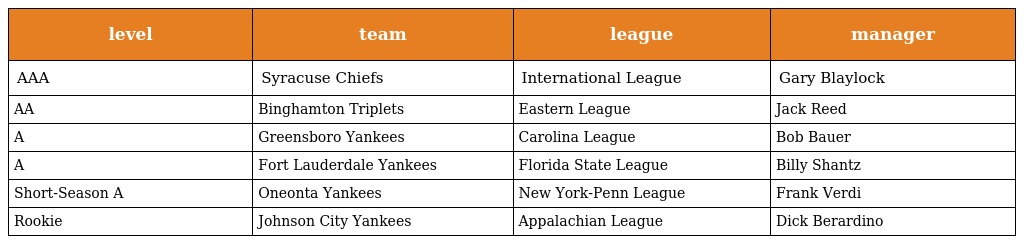
| level | team | league | manager |
 | --- | --- | --- | --- |
 | AAA | Syracuse Chiefs | International League | Gary Blaylock |
 | AA | Binghamton Triplets | Eastern League | Jack Reed |
 | A | Greensboro Yankees | Carolina League | Bob Bauer |
 | A | Fort Lauderdale Yankees | Florida State League | Billy Shantz |
 | Short-Season A | Oneonta Yankees | New York-Penn League | Frank Verdi |
 | Rookie | Johnson City Yankees | Appalachian League | Dick Berardino |